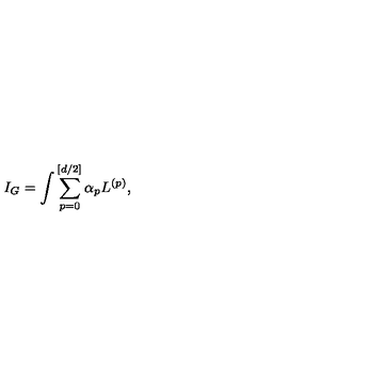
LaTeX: I _ { G } = \int \sum _ { p = 0 } ^ { [ d / 2 ] } \alpha _ { p } L ^ { ( p ) } ,